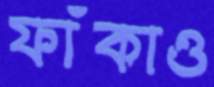
ফাঁকাও